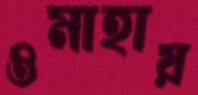
ওমাহায়